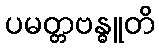
ပမတ္တဗန္ဓူတိ